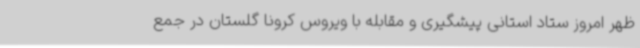
ظهر امروز ستاد استانی پیشگیری و مقابله با ویروس کرونا گلستان در جمع